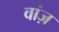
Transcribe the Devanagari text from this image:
वांज़